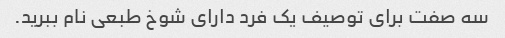
سه صفت برای توصیف یک فرد دارای شوخ طبعی نام ببرید.